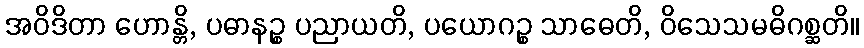
အဝိဒိတာ ဟောန္တိ, ပဓာနဉ္စ ပညာယတိ, ပယောဂဉ္စ သာဓေတိ, ဝိသေသမဓိဂစ္ဆတိ။